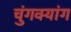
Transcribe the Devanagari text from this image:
चुंगक्यांग